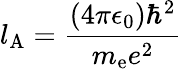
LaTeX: l_{\mathrm{A}}={\frac{(4\pi\epsilon_{0})\hbar^{2}}{m_{\mathrm{e}}e^{2}}}